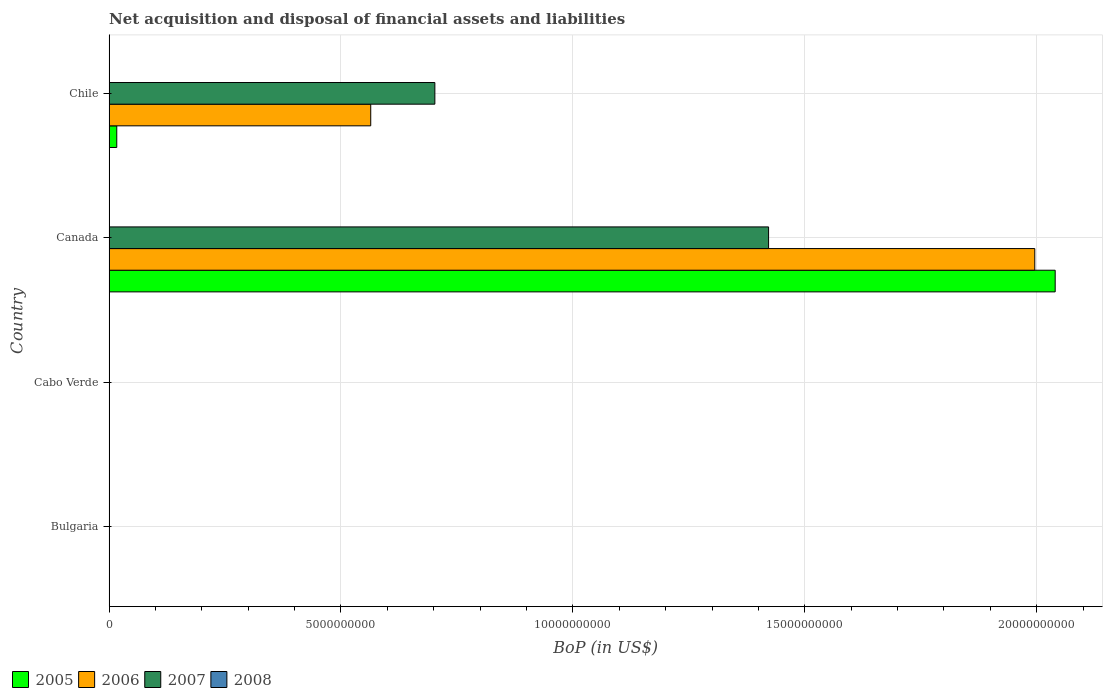
| Country | 2005 | 2006 | 2007 | 2008 |
 | --- | --- | --- | --- | --- |
 | Bulgaria | -4.27e+09 | -6.62e+09 | -1.53e+10 | -1.57e+10 |
 | Cabo Verde | -1.89e+07 | -7.45e+07 | -1.71e+08 | -2.86e+08 |
 | Canada | 2.04e+10 | 2e+10 | 1.42e+10 | -9.06e+08 |
 | Chile | 1.66e+08 | 5.64e+09 | 7.02e+09 | -2.15e+09 |